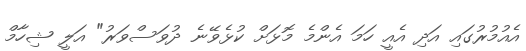
އެއުމުރުގައި އަދި އެއީ ހަމަ އެންމެ މޮޅަށް ކުޅެވޭނެ ދުވަސްވަރު" އަލީ ޝިހާމް